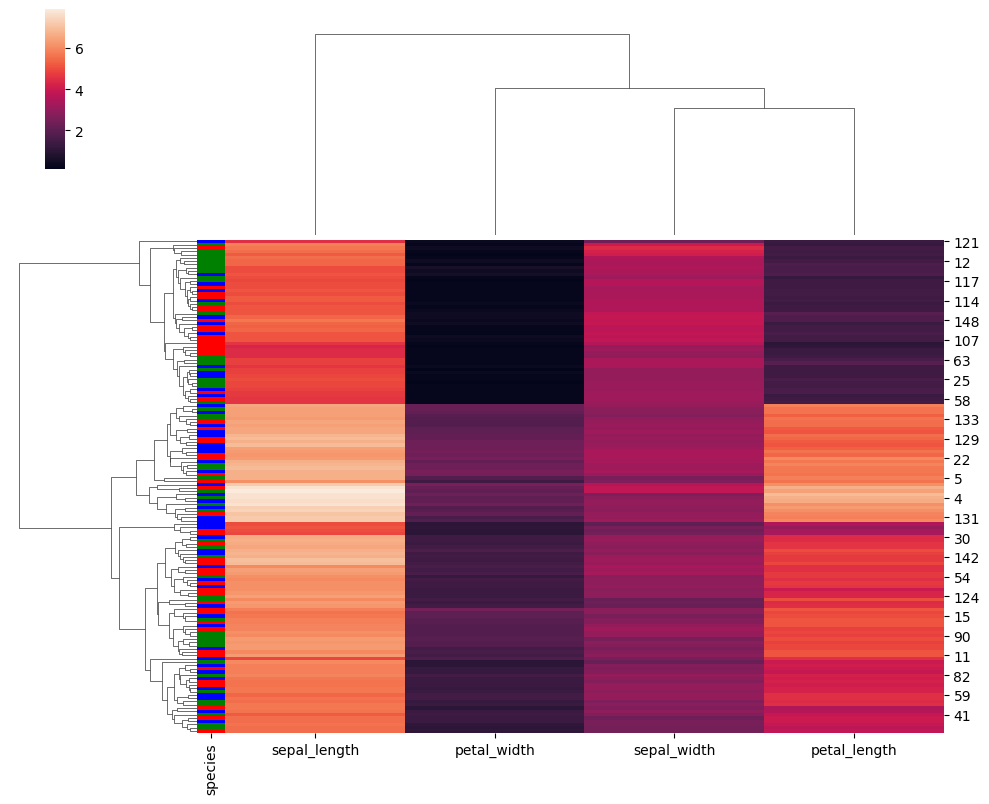
python, seaborn, clustermap, figsize=(10, 8), row_cluster=True, dendrogram_ratio=(0.2, 0.3), cbar_pos=(0.05, 0.8, 0.02, 0.2)